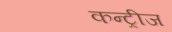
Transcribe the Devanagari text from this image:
कन्ट्रीज